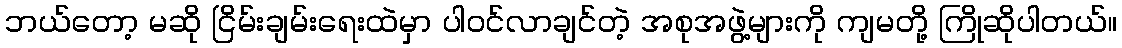
ဘယ်တော့ မဆို ငြိမ်းချမ်းရေးထဲမှာ ပါဝင်လာချင်တဲ့ အစုအဖွဲ့များကို ကျမတို့ ကြိုဆိုပါတယ်။